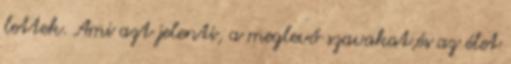
lettek. Ami azt jelenti, a meglevő szavakat,és az élet